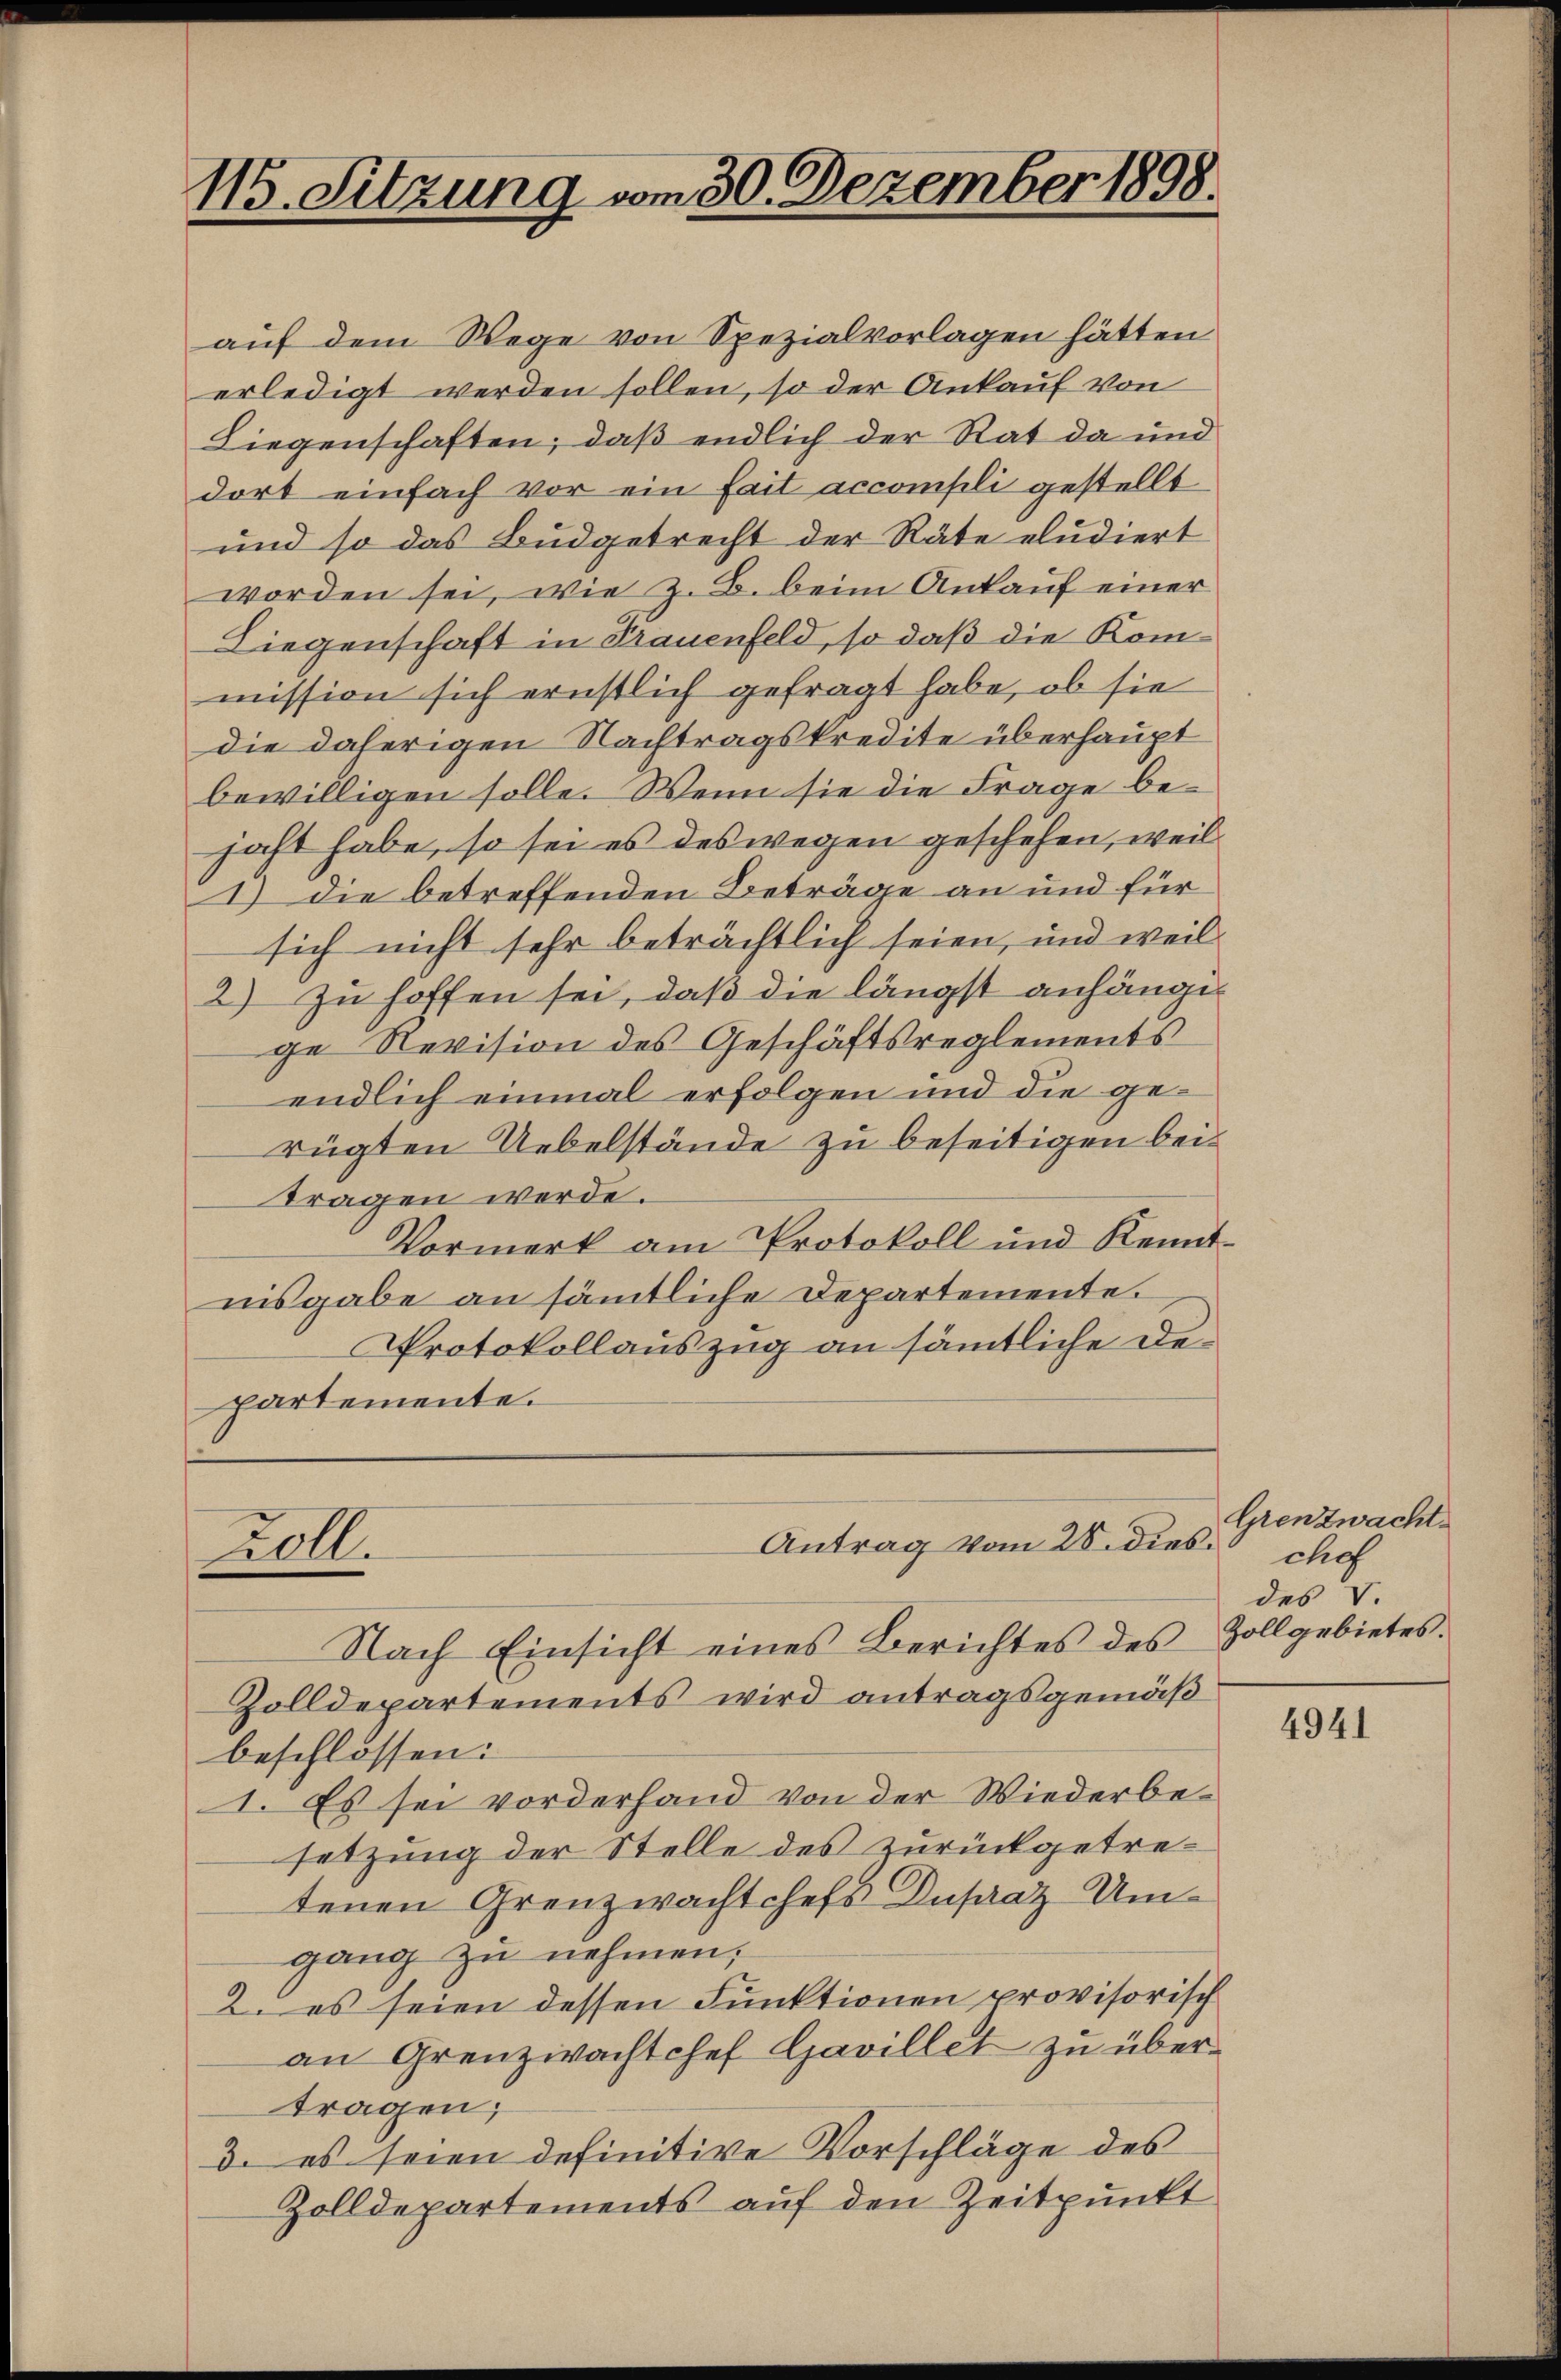
115. Sitzung vom 30. Dezember 1898.

auf dem Wege von Spezialvorlagen hätten
erledigt werden sollen, so der Ankauf von
Liegenschaften; daß endlich der Rat da und
dort einfach vor ein fait accompli gestellt
und so das Budgetrecht der Räte eludiert
worden sei, wie z. B. beim Ankauf einer
Liegenschaft in Trauenfeld, so daß die Kommission sich ernstlich gefragt habe, ob sie
die daherigen Nachtragskredite überhaupt
bewilligen solle. Wenn sie die Frage bejaht habe, so sei es des wegen geschehen, weil
1) Die betreffenden Beträge an und für
sich nicht sehr beträchtlich seien, und weil
2) Zu hoffen sei, daß die längst anhängige Revision des Geschäftsreglements
endlich einmal erfolgen und die gerügten Uebelstände zu beseitigen bei.
tragen werde.
Vormerk am Protokoll und Kenntnisgabe an sämtliche Departemente.
Protokollauszug an sämtliche Departemente.

Zoll.

Antrag vom 28. dies.

Nach Einsicht eines Berichtes des Zollgebietes.
Zolldepartements wird antragsgemäß
beschlossen:
1. Es sei vorderhand von der Wiederbesetzung der Stelle des zurückgetretenen Grenzwachtchefs Dusaaz Umgang zu nehmen;
2. es seien dessen Funktionen provisorisch
an Grenzwachtchef Gavillet zu übertragen;
3. es seien definitive Vorschläge des
Zolldepartements auf den Zeitpunkt

Grenzwacht.
chef
des V.

4941